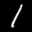
Label: 1